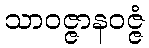
သာဝဇ္ဇာနဝဇ္ဇံ